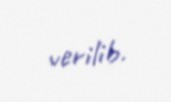
verilib.